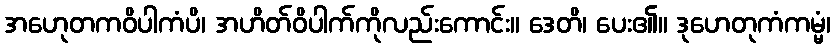
အဟေုတကဝိပါကံပိ၊ အဟိတ်ဝိပါက်ကိုလည်းကောင်း။ ဒေတိ၊ ပေး၏။ ဒုဟေတုကံကမ္မံ၊